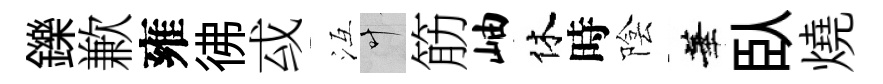
鑠歉雍彿㦯冱叶筋岫休時陰華臥燒